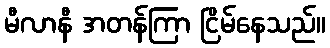
မီလာနီ အတန်ကြာ ငြိမ်နေသည်။